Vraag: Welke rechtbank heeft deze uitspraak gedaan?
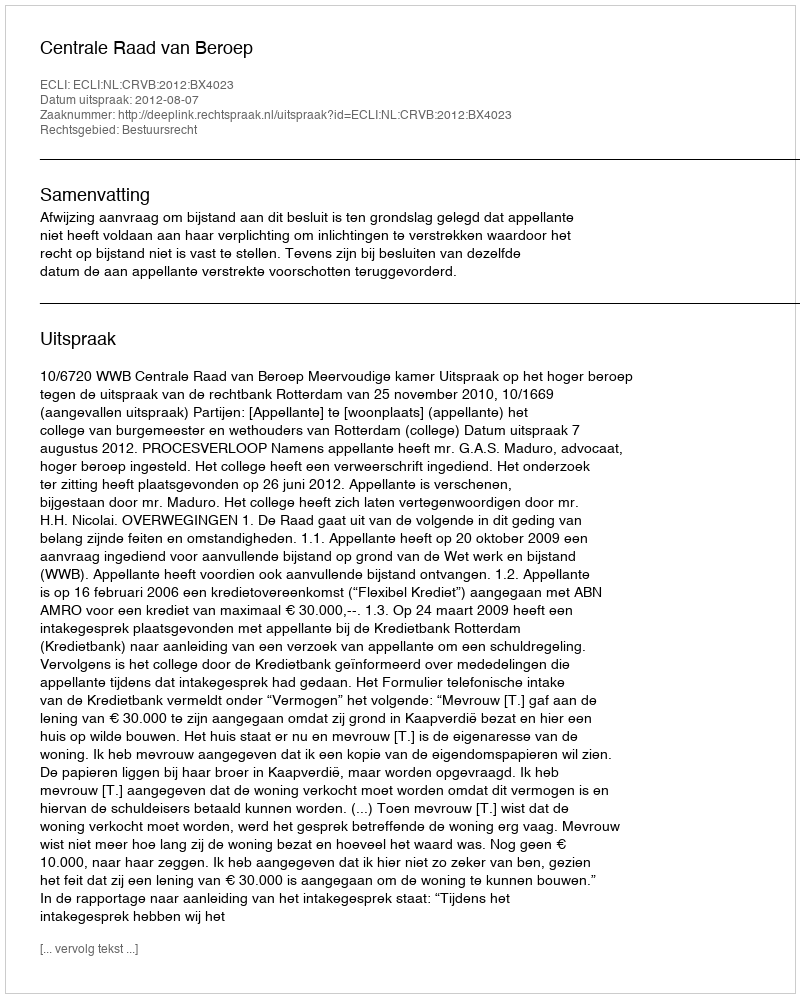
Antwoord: Centrale Raad van Beroep